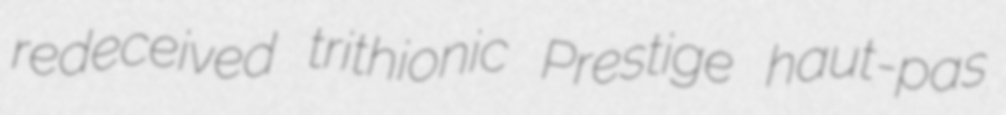
redeceived trithionic Prestige haut-pas